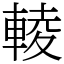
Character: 輘